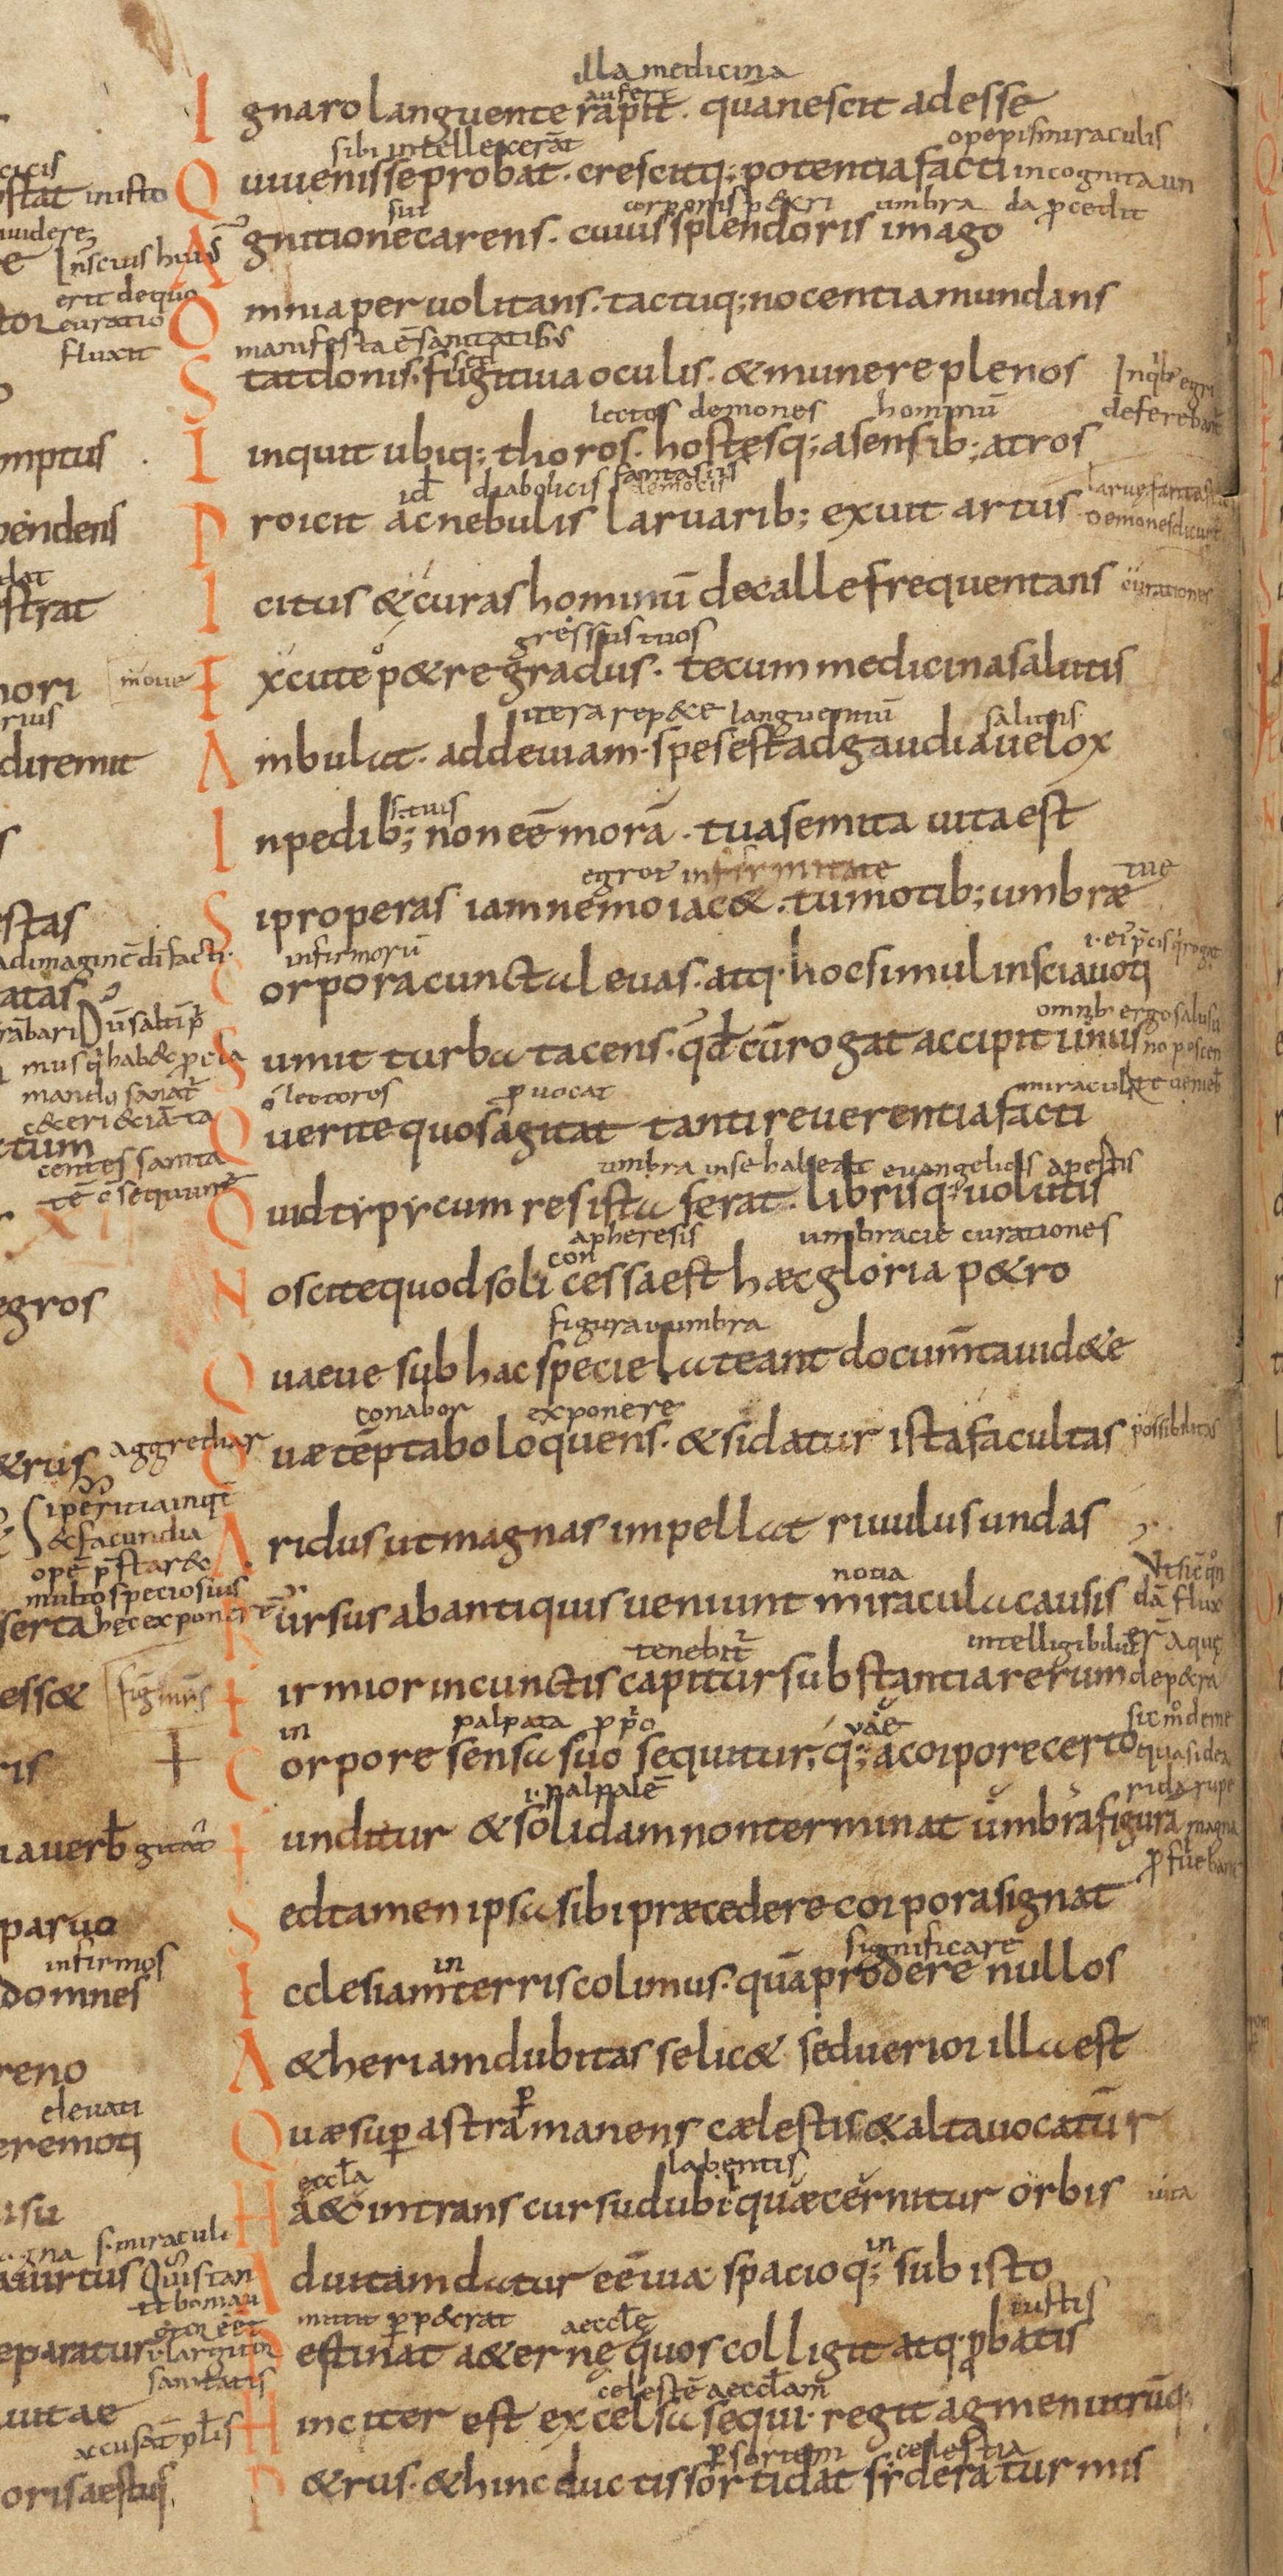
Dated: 833–999